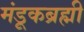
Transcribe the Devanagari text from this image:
मंडूकब्रह्मी